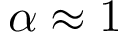
\alpha \approx 1